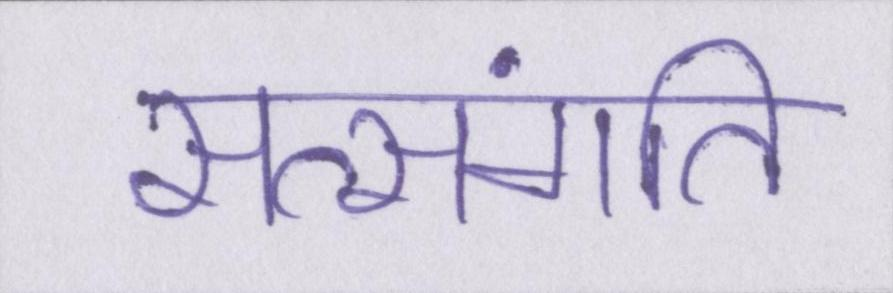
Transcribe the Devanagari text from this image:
सत्संगति